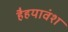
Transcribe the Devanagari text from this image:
हैहयावंश